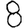
Digit: 8